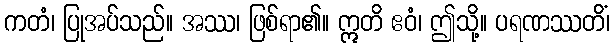
ကတံ၊ ပြုအပ်သည်။ အဿ၊ ဖြစ်ရာ၏။ ဣတိ ဧဝံ၊ ဤသို့။ ပရဏဿတိံ၊